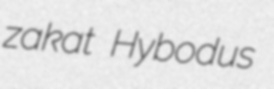
zakat Hybodus